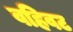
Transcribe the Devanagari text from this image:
वहिवट